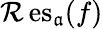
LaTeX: \operatorname{\mathcal{R}es}_{\mathfrak{a}}(f)